Report on lock hospitals in British Burma
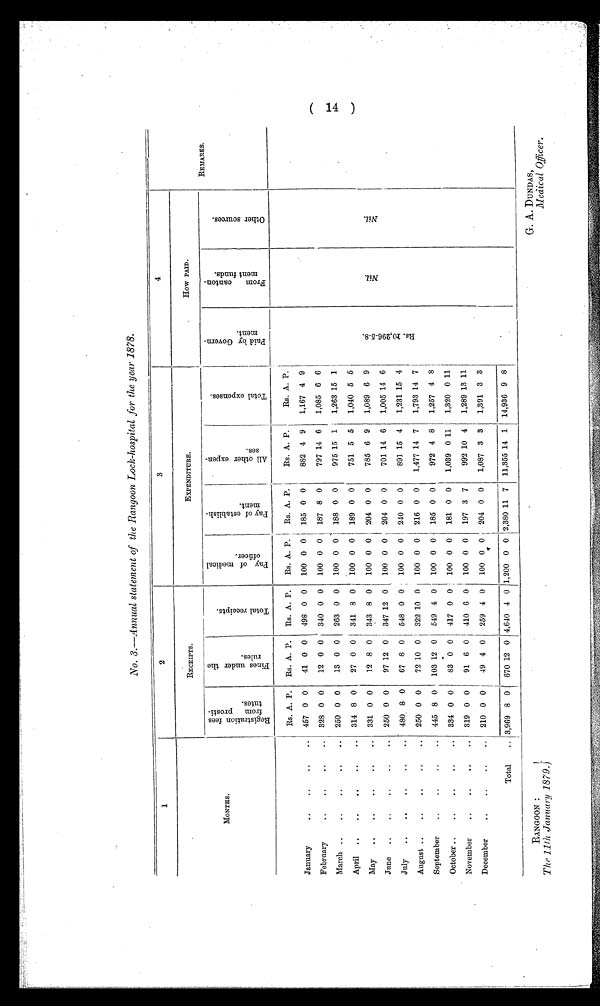
RANGOON :
The 11th January 1879.)
G. A. DUNDAS,
Medical Officer.
No. 3.—Annual statement of the Rangoon Lock-hospital for the year 1878 .
1
2
3
4
MONTHS.
RECEIPTS.
EXPENDITURE.
How PAID.
R e g i s t r a t i o n f e e s
f r o m p r o s t i -
t u t e s .
F i n e s u n d e r t h e
r u l e s .
T o t a l r e c e i p t s .
P a y o f m e d i c a l
o f f i c e r
P a y o f e s t a b l i s h -
m e n t .
A l l o t h e r e x p e n -
s e s .
T o t a l e x p e n s e s
P a i d b y G o v e r n -
m e n t .
F r o m c a n t o n -
m e n t f u n d s .
o t h e r s o u r c e s .
REMARKS .
Rs. A. P.
Rs. A. P.
Rs. A. P.
Rs. A. P.
Rs. A. P.
Rs. A. P.
Rs. A. P.
R s . 1 0 , 2 9 6 - 5 - 8 .
N i l
N i l
Jauuary
..
..
..
..
457 0 0
41 0 0
498 0 0
100 0 0
185 0 0
882 4 9
1,167 4 9
February
..
..
..
. . 328 0 0
12 0 0
340 0 0
100 0 0
187 8 0
797 14 6
1,085 6 6
March ..
..
..
..
..
250 0 0
13 0 0
263 0 0
100 0 0
188 0 0
975 15 1
1,263
1 5 1
April ..
..
..
..
..
314 8 0
27 0 0
341 8 0
100 0 0
189 0 0
751 5 5
1,040 5 5
May
..
..
..
..
..
331 0 0
12 8 0
343 8 0
100 0 0
204 0 0
785 6 9
1,089 6 9
June
..
..
..
..
..
250 0 0
97 12 0
347 12 0
100 0 0
204 0 0
701 14 6
1,005 14 6
July
..
..
..
..
..
480 8 0
67 8 0
548 0 0
100 0 0
240 0 0
891 15 4
1,231 15 4
August ..
..
..
..
..
250 0 0
72 10 0
322 10 0
100 0 0
216 0 0
1,477 14 7
1,793 14 7
September
..
..
..
..
445 8 0
103 12 0
549 4 0
100 0 0
185 0 0
972 4 8
1,257 4 8
October.. ..
..
..
..
..
334 0 0
83 0 0
417 0 0
100 0 0
181 0 0
1,039 0 11
1,320 0 11
November
..
..
..
..
319 0 0
91 6 0
410 6 0
100 0 0
197 3 7
992 10 4
1,289 13 11
December
..
..
..
..
210 0 0
49 4 0
259 4 0
100 0 0
204 0 0
1,087 3 3
1,391 3 3
Total
.. 3,969 8 0
670 12 0 4,640 4 0 1,200 0 0 2,380 11 7 11,355 14 1 14,936 9 8